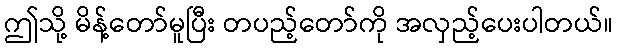
ဤသို့ မိန့်တော်မူပြီး တပည့်တော်ကို အလှည့်ပေးပါတယ်။